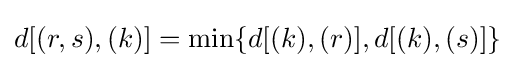
d[(r,s),(k)]=\min\{d[(k),(r)],d[(k),(s)]\}